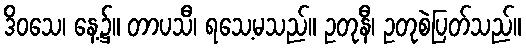
ဒိဝသေ၊ နေ့၌။ တာပသီ၊ ရသေ့မသည်။ ဥတုနီ၊ ဥတုစဲပြတ်သည်။